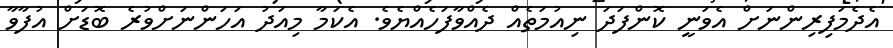
އެދެމަފިރިންނަށް އެވަނީ ކޮންފަދަ ނިއުމަތެއް ދެއްވާފަހެއްޔެވެ. އެކަމާ މިއަދު އަހަންނަށްވުރެ ބޮޑަށް އުފާވާ